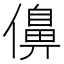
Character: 𠏿